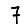
Digit: 7